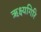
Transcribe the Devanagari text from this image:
ऋक्ष्यगिरि